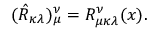
( \hat { R } _ { \kappa \lambda } ) _ { \mu } ^ { \nu } = R _ { \mu \kappa \lambda } ^ { \nu } ( x ) .